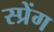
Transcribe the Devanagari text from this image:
स्प्रेंग